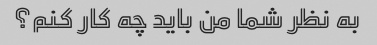
به نظر شما من باید چه کار کنم؟